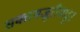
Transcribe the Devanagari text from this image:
सक्तमजूरीमधून